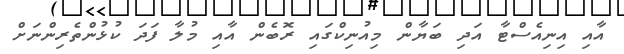
އާއި އިނިއެސްޓާ އަދި ބަޔާން މިއުނިކްގައި ރޮބެން އާއި މުލާ ފަދަ ކުޅުންތެރިންނަށް